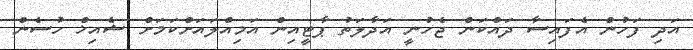
އަދި ފަހުން އެފައިސާ ދައްކަން ޖެހުނީ އަދާލަތު ޕާޓީއިން އަމިއްލައަށްކަމަށް ޝެއިޚް ހުސެން